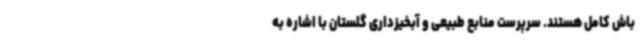
باش کامل هستند. سرپرست منابع طبیعی و آبخیزداری گلستان با اشاره به